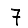
Digit: 7